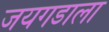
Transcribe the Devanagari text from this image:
जयगडाला